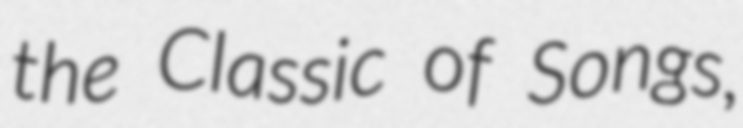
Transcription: the Classic of Songs,